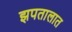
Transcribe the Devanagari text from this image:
झपतालात